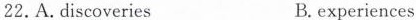
22. A. Discoveries B. experiences